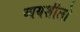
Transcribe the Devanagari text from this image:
व्ययशीलो